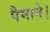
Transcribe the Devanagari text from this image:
पैमाने।